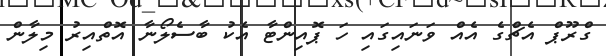
ގްރޫޕް އެޗްގެ އެއް ވަނައިގައި ހަ ޕޮއިންޓާ އެކު ބާސެލޯނާ އޮތްއިރު މިލާން